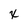
Character: x